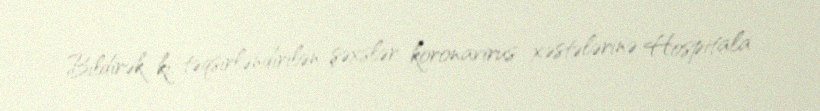
Bildirək ki, təqsirləndirilən şəxslər koronavirus xəstələrinə Hospitala